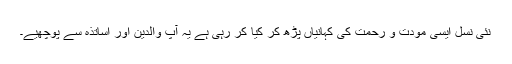
نئی نسل ایسی مودت و رحمت کی کہانیاں پڑھ کر کیا کر رہی ہے یہ آپ والدین اور اساتذہ سے پوچھیے۔